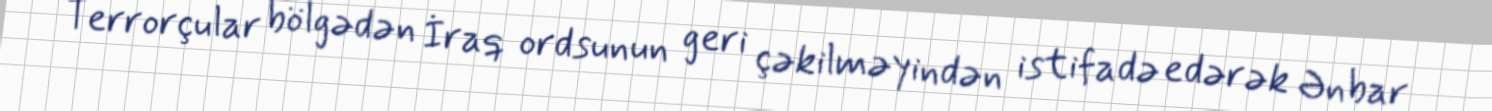
Terrorçular bölgədən İraq ordsunun geri çəkilməyindən istifadə edərək Ənbar